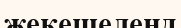
жекешеленд